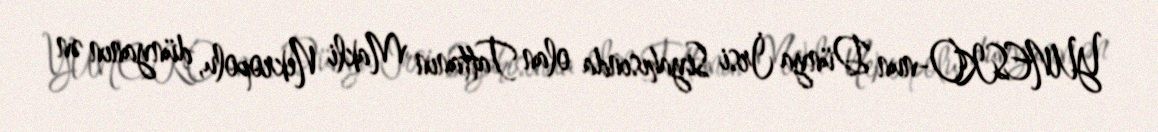
YUNESKO-nun Dünya İrsi Siyahısında olan Tattanın Makli Nekropolu, dünyanın ən